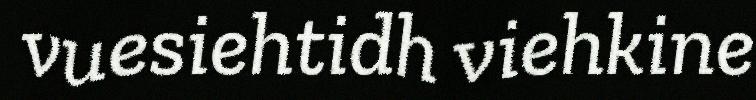
vuesiehtidh viehkine